Source: Handwritten
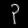
Digit: ၃ (3)